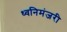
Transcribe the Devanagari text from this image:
ध्वनिमंजरी